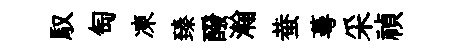
馭匋凍臻醱瀚蛬蕚采禎